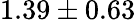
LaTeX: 1.39\pm 0.63